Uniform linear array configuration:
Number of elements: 16
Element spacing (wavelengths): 0.75
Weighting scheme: hamming
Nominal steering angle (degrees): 45
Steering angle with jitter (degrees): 46.052
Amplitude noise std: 0.05
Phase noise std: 0.05

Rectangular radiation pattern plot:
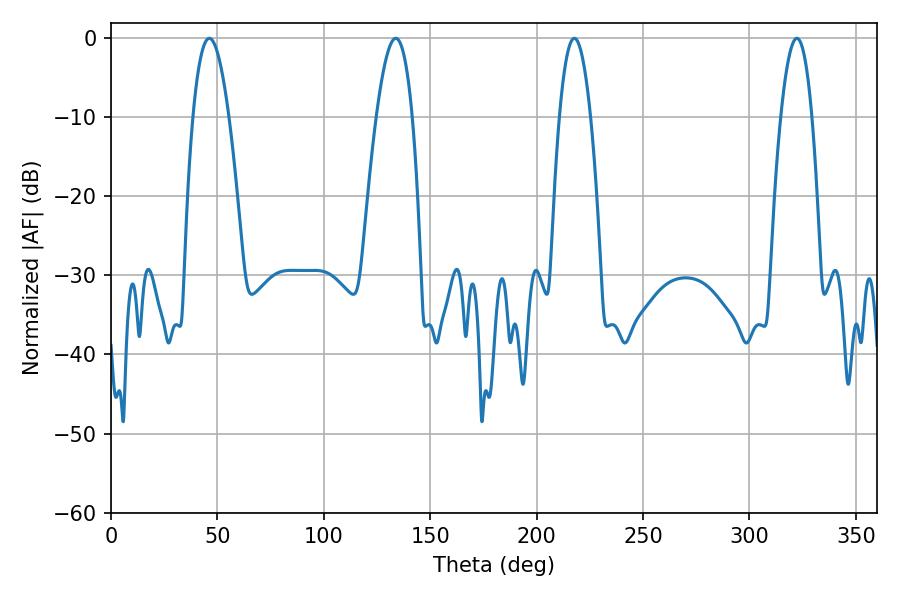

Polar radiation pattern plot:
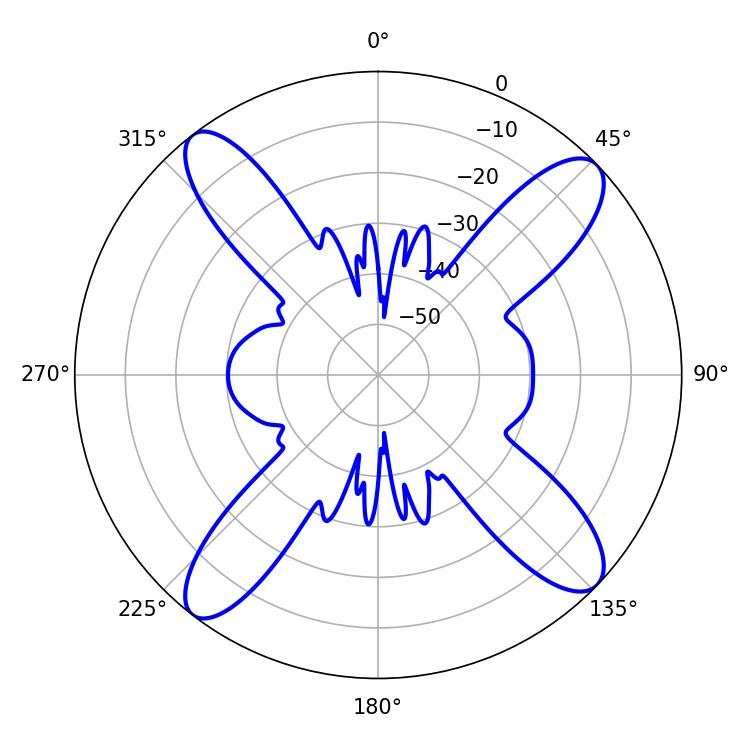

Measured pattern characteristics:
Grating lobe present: TRUE
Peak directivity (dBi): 14.715
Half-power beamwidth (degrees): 9.36
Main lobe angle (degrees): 46.26